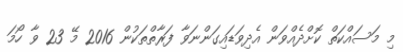
މި މަސައްކަތް ކޮށްދެއްވަން އެދިވަޑައިގަންނަވާ ފަރާތްތަކުން 2016 މޭ 23 ވާ ހޯމަ